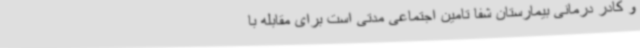
و کادر درمانی بیمارستان شفا تامین اجتماعی مدتی است برای مقابله با